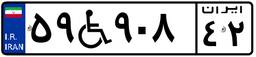
۵۹W۹۰۸۴۲